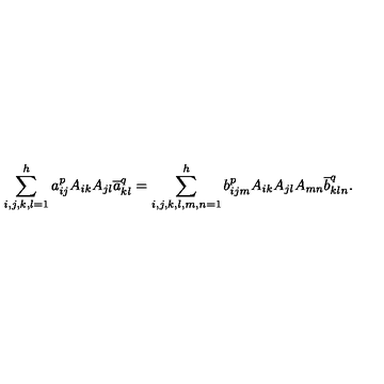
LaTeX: \sum _ { i , j , k , l = 1 } ^ { h } a _ { i j } ^ { p } A _ { i k } A _ { j l } \overline { a } _ { k l } ^ { q } = \sum _ { i , j , k , l , m , n = 1 } ^ { h } b _ { i j m } ^ { p } A _ { i k } A _ { j l } A _ { m n } \overline { b } _ { k l n } ^ { q } .